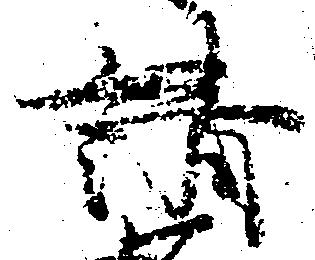
請